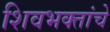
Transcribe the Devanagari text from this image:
शिवभक्तांचे